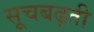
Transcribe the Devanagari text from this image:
सूचबढ़ती